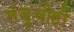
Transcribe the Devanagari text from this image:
तंबूचीही